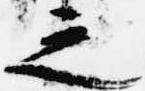
之